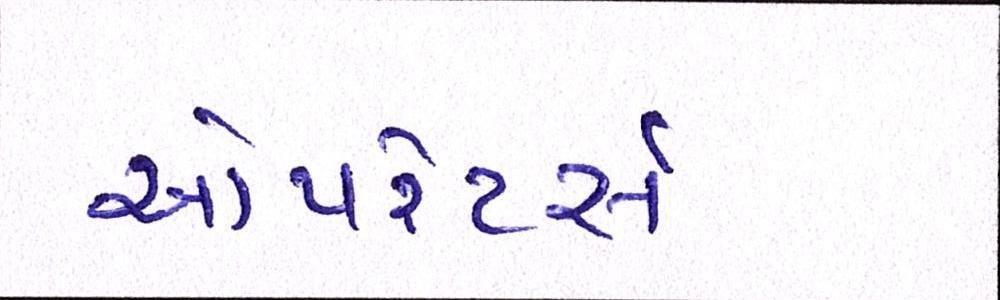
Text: ઓપરેટર્સ